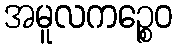
အမူလကဉ္စေဝ